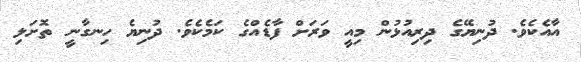
އާއެކެވެ. ދުނިޔޭގެ ދިރިއުޅުން މިއީ ވަރަށް ފާޑެއްގެ ކަމެކެވެ. ދުނިޔެ ހިނގާނީ ތޮށަލި